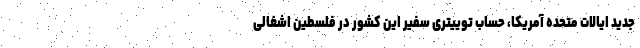
جدید ایالات متحده آمریکا، حساب توییتری سفیر این کشور در فلسطین اشغالی